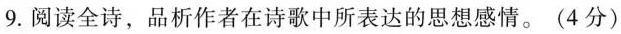
9. 阅读全诗，品析作者在诗歌中所表达的思想感情。(4分)